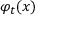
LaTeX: \varphi _ { t } ( x )